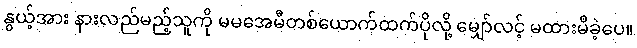
နွယ့်အား နားလည်မည့်သူကို မမအေမီတစ်ယောက်ထက်ပိုလို့ မျှော်လင့် မထားမိခဲ့ပေ။